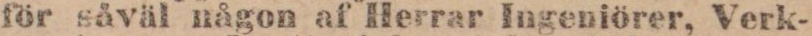
för såväl någon af Herrar Ingeniörer, Verk-